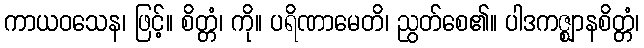
ကာယဝသေန၊ ဖြင့်။ စိတ္တံ၊ ကို။ ပရိဏာမေတိ၊ ညွတ်စေ၏။ ပါဒကဇ္ဈာနစိတ္တံ၊